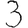
Digit: 3